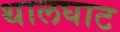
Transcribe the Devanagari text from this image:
थालघाट